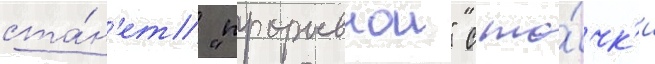
ста́н'ет "прорывнои" с то́чк'и